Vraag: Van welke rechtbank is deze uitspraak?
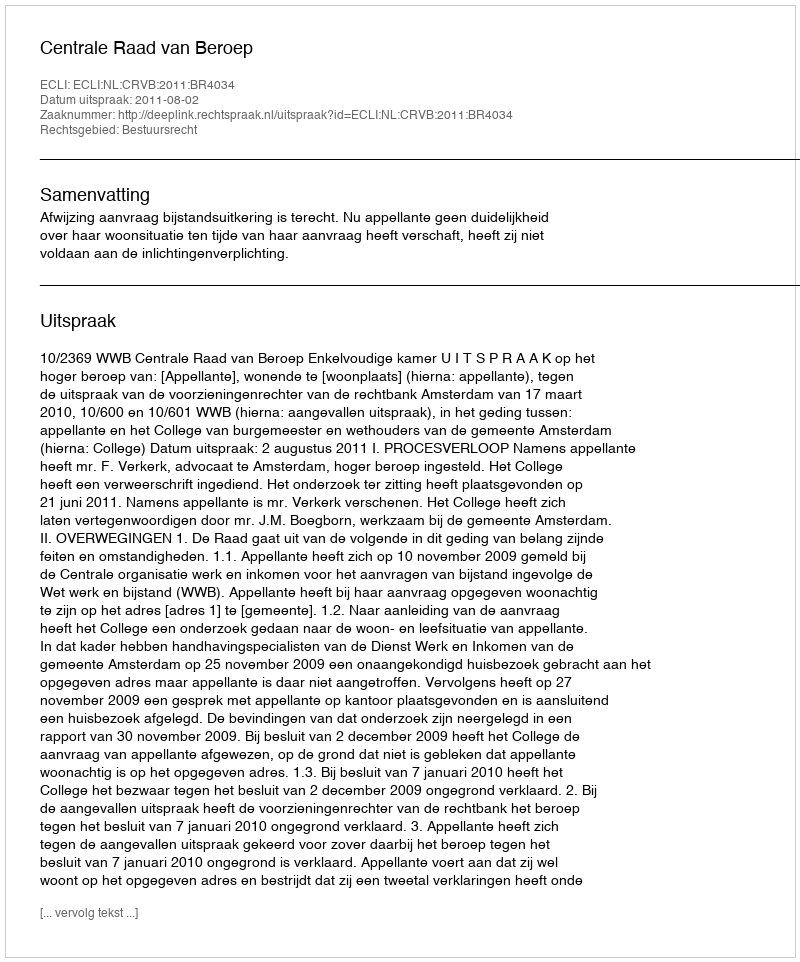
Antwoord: Centrale Raad van Beroep